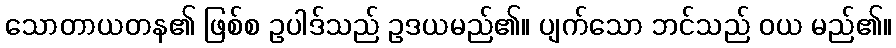
သောတာယတန၏ ဖြစ်စ ဥပါဒ်သည် ဥဒယမည်၏။ ပျက်သော ဘင်သည် ဝယ မည်၏။